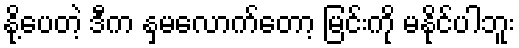
နို့ပေတဲ့ ဒီက နှမလောက်တော့ မြင်းကို မနိုင်ပါဘူး